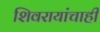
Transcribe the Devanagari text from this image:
शिवरायांचाही